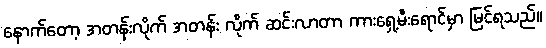
နောက်တော့ အတန်းလိုက် အတန်း လိုက် ဆင်းလာတာ ကားရှေ့မီးရောင်မှာ မြင်ရသည်။